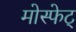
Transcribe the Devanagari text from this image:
मोस्फेट्